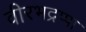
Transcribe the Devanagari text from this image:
वीरभद्रप्पा